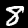
Digit: 8